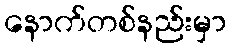
နောက်တစ်နည်းမှာ